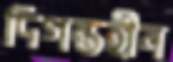
দিগন্তহীন